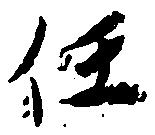
任